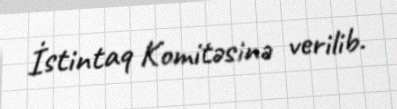
İstintaq Komitəsinə verilib.